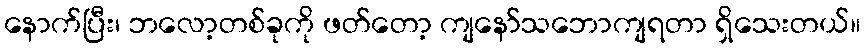
နောက်ပြီး၊ ဘလော့တစ်ခုကို ဖတ်တော့ ကျနော်သဘောကျရတာ ရှိသေးတယ်။